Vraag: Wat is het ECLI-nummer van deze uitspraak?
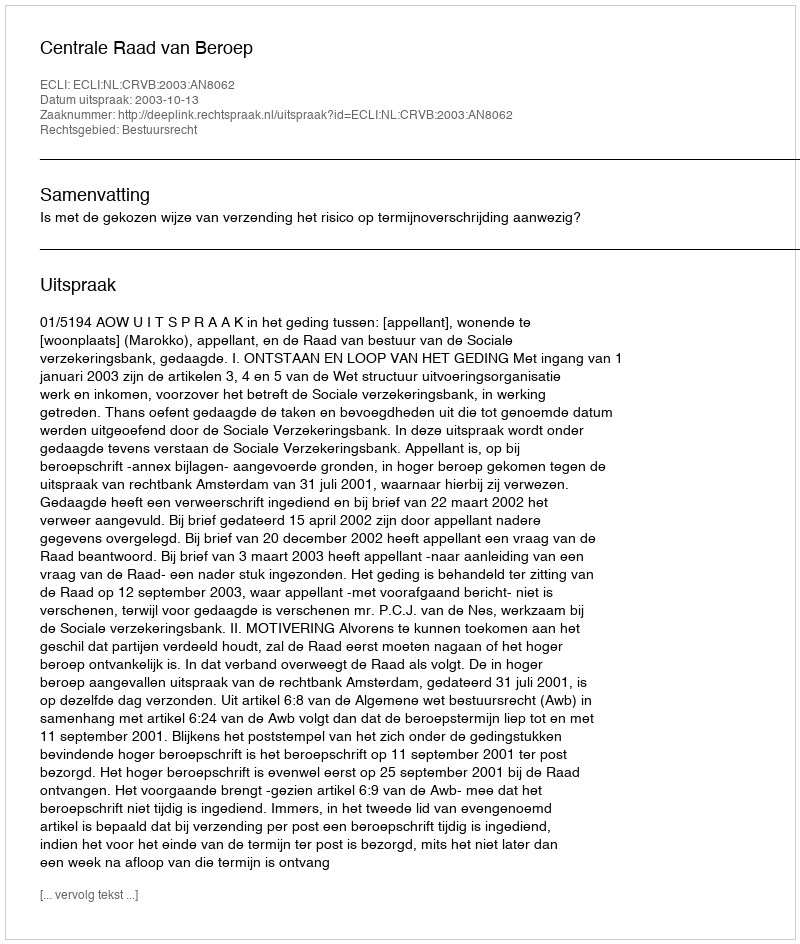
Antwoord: ECLI:NL:CRVB:2003:AN8062